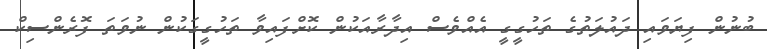
ބުނުން ފިޔަވައި ދައުލަތުގެ ތަހުގީގީ އެއްވެސް އިދާރާއަކުން ކޮށްފައިވާ ތަހުގީގަކުން ނުވަތަ ފޮރެންސިކް